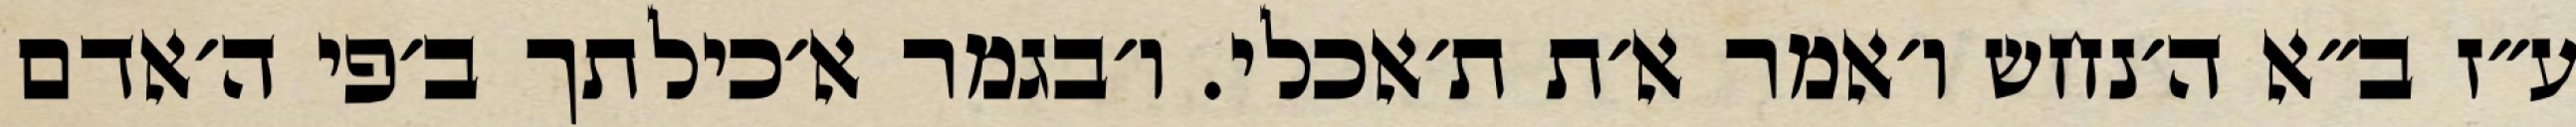
ע״ז ב״א ה׳נחש ו׳אמר א׳ת ת׳אכלי. ו׳בגמר א׳כילתך ב׳פי ה׳אדם